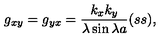
g _ { x y } = g _ { y x } = { \frac { k _ { x } k _ { y } } { \lambda \sin \lambda a } } ( s s ) ,